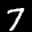
Label: 7